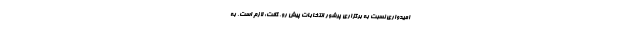
امیدواری نسبت به برگزاری پرشور انتخابات پیش رو، گفت: لازم است، به